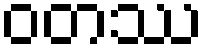
ဝတဿ